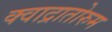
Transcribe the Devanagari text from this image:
क्वाद्रातोरुम